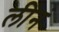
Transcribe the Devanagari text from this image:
लीनं